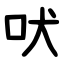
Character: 吠